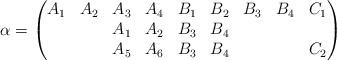
LaTeX: \begin{align*} \alpha = \begin{pmatrix}A_1 & A_2 & A_3& A_4 & B_1 & B_2 & B_3 & B_4 & C_1\\ & & A_1 & A_2 & B_3 & B_4 \\ & & A_5 & A_6 & B_3 & B_4 & & & C_2\end{pmatrix}\end{align*}